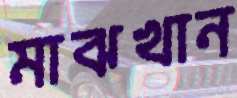
মাঝখান